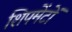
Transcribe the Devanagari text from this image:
शिपमेंटों